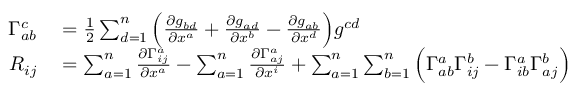
\begin{array} { r l } { \Gamma _ { a b } ^ { c } } & { { } = { \frac { 1 } { 2 } } \sum _ { d = 1 } ^ { n } { \Big ( } { \frac { \partial g _ { b d } } { \partial x ^ { a } } } + { \frac { \partial g _ { a d } } { \partial x ^ { b } } } - { \frac { \partial g _ { a b } } { \partial x ^ { d } } } { \Big ) } g ^ { c d } } \\ { R _ { i j } } & { { } = \sum _ { a = 1 } ^ { n } { \frac { \partial \Gamma _ { i j } ^ { a } } { \partial x ^ { a } } } - \sum _ { a = 1 } ^ { n } { \frac { \partial \Gamma _ { a j } ^ { a } } { \partial x ^ { i } } } + \sum _ { a = 1 } ^ { n } \sum _ { b = 1 } ^ { n } { \Big ( } \Gamma _ { a b } ^ { a } \Gamma _ { i j } ^ { b } - \Gamma _ { i b } ^ { a } \Gamma _ { a j } ^ { b } { \Big ) } } \end{array}